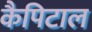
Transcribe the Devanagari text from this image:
कैपिटाल